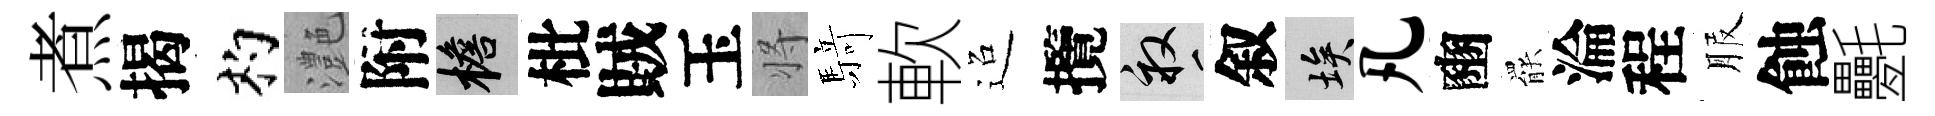
煮揭杓灔附檐枇賊玉将𮪍軟迢攬畝叙埃凡豳罷淪程服蝕氎